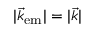
| \vec { k } _ { \mathrm { e m } } | = | \vec { k } |